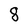
Character: 8